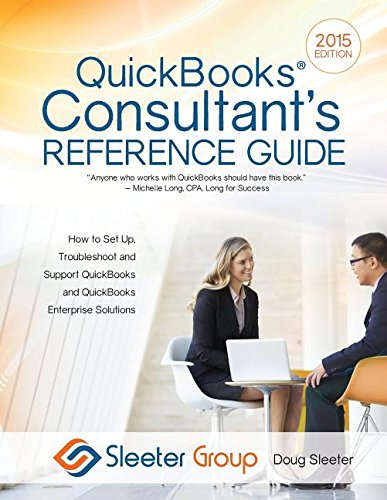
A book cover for QuickBooks Consultant's Reference Guide: How to Set Up, Troubleshoot and Support QuickBooks and QuickBooks Enterprise Solutions; Doug Sleeter; Computers & Technology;